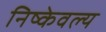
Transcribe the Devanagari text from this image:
निष्केवल्य